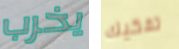
يخرب تفكيك